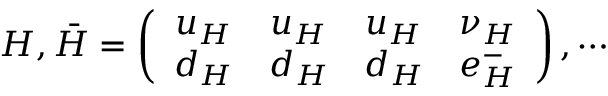
{ H } , \bar { H } = \left( \begin{array} { c c c c } { { { u _ { H } } } } & { { { u _ { H } } } } & { { { u _ { H } } } } & { { { \nu _ { H } } } } \\ { { { d _ { H } } } } & { { { d _ { H } } } } & { { { d _ { H } } } } & { { { e _ { H } ^ { - } } } } \end{array} \right) , \cdots